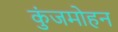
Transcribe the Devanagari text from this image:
कुंजमोहन